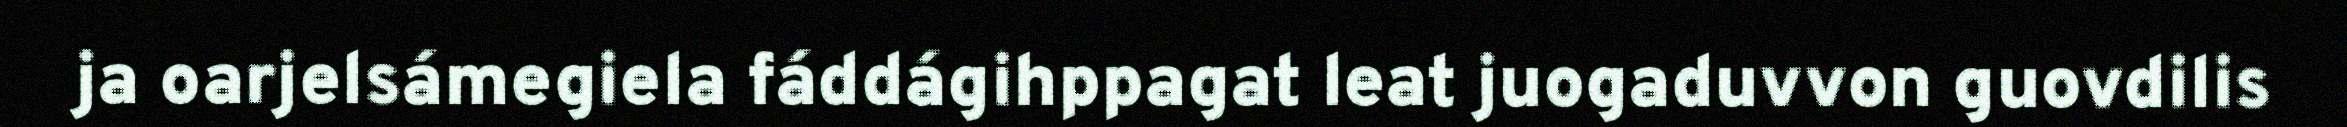
ja oarjelsámegiela fáddágihppagat leat juogaduvvon guovdilis